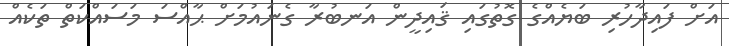
އަށް ފައިދާހުރި ބަޔެއްގެ ގޮތުގައި ޤައިދީން އަނބުރާ ގެނައުމަށް ޙާއްސަ މަސައްކަތް ތަކެއް